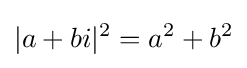
|a+bi|^{2}=a^{2}+b^{2}